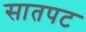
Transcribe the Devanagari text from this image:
सातपट